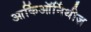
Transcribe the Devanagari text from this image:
आर्किऑर्निथीज़